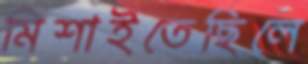
মিশাইতেছিলে